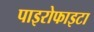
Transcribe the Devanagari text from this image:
पाइरोफाइटा